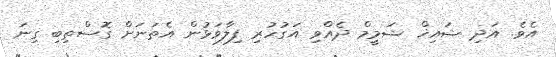
އެވެ. އަދި ޝައިޚް ޝަމީމް ދެއްވި އަގުހުރި ފިލާވަޅުން އެތަނަށް ގޮސްތިބި ގިނަ